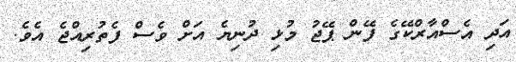
އަދި އެސްއާރްކޭގެ ފޭން ޕޭޖު މުޅި ދުނިޔެ އަށް ވެސް ފެތުރިއްޖެ އެވެ.